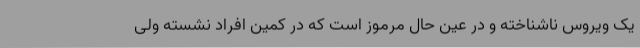
یک ویروس ناشناخته و در عین حال مرموز است که در کمین افراد نشسته ولی